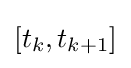
[t_{k},t_{k+1}]